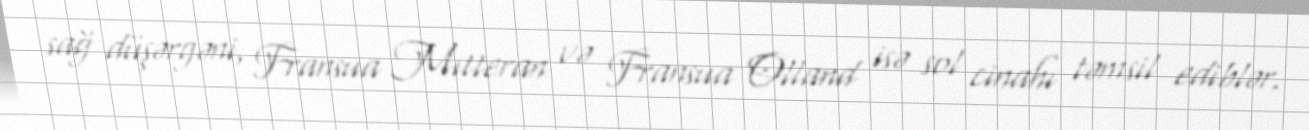
sağ düşərgəni, Fransua Mitteran və Fransua Olland isə sol cinahı təmsil ediblər.